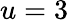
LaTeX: u=3